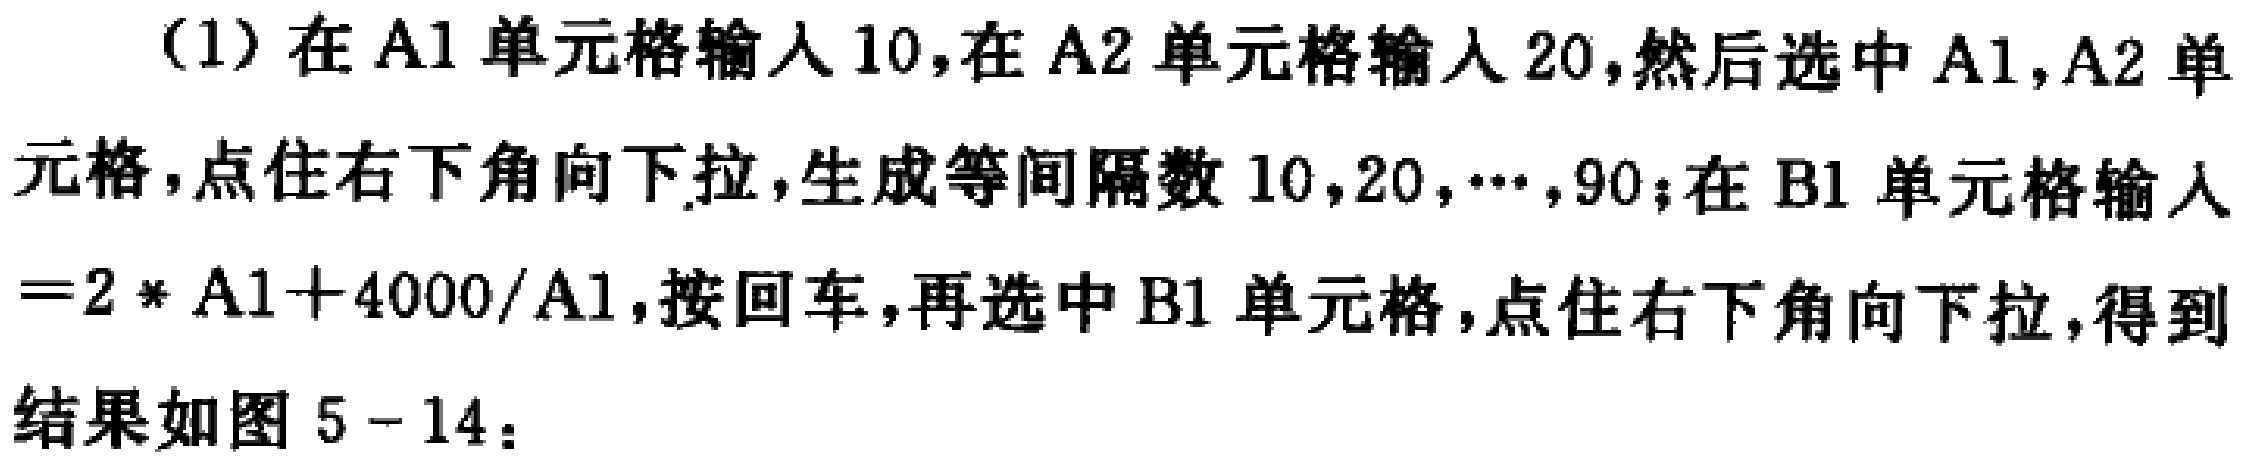
(1) 在A1单元格输入10,在A2单元格输入20,然后选中A1,A2单元格,点住右下角向下拉,生成等间隔数10,20,\(\cdots\),90;在B1单元格输入\(=2*A1 + 4000/A1\),按回车,再选中B1单元格,点住右下角向下拉,得到结果如图5 - 14：